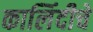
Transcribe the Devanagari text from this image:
कालिंदीचे